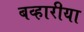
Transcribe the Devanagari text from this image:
बव्हारीया